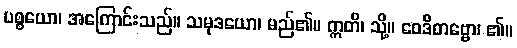
ပစ္စယော၊ အကြောင်းသည်။ သမုဒယော၊ မည်၏။ ဣတိ၊ သို့။ ဝေဒိတဗ္ဗော၊ ၏။